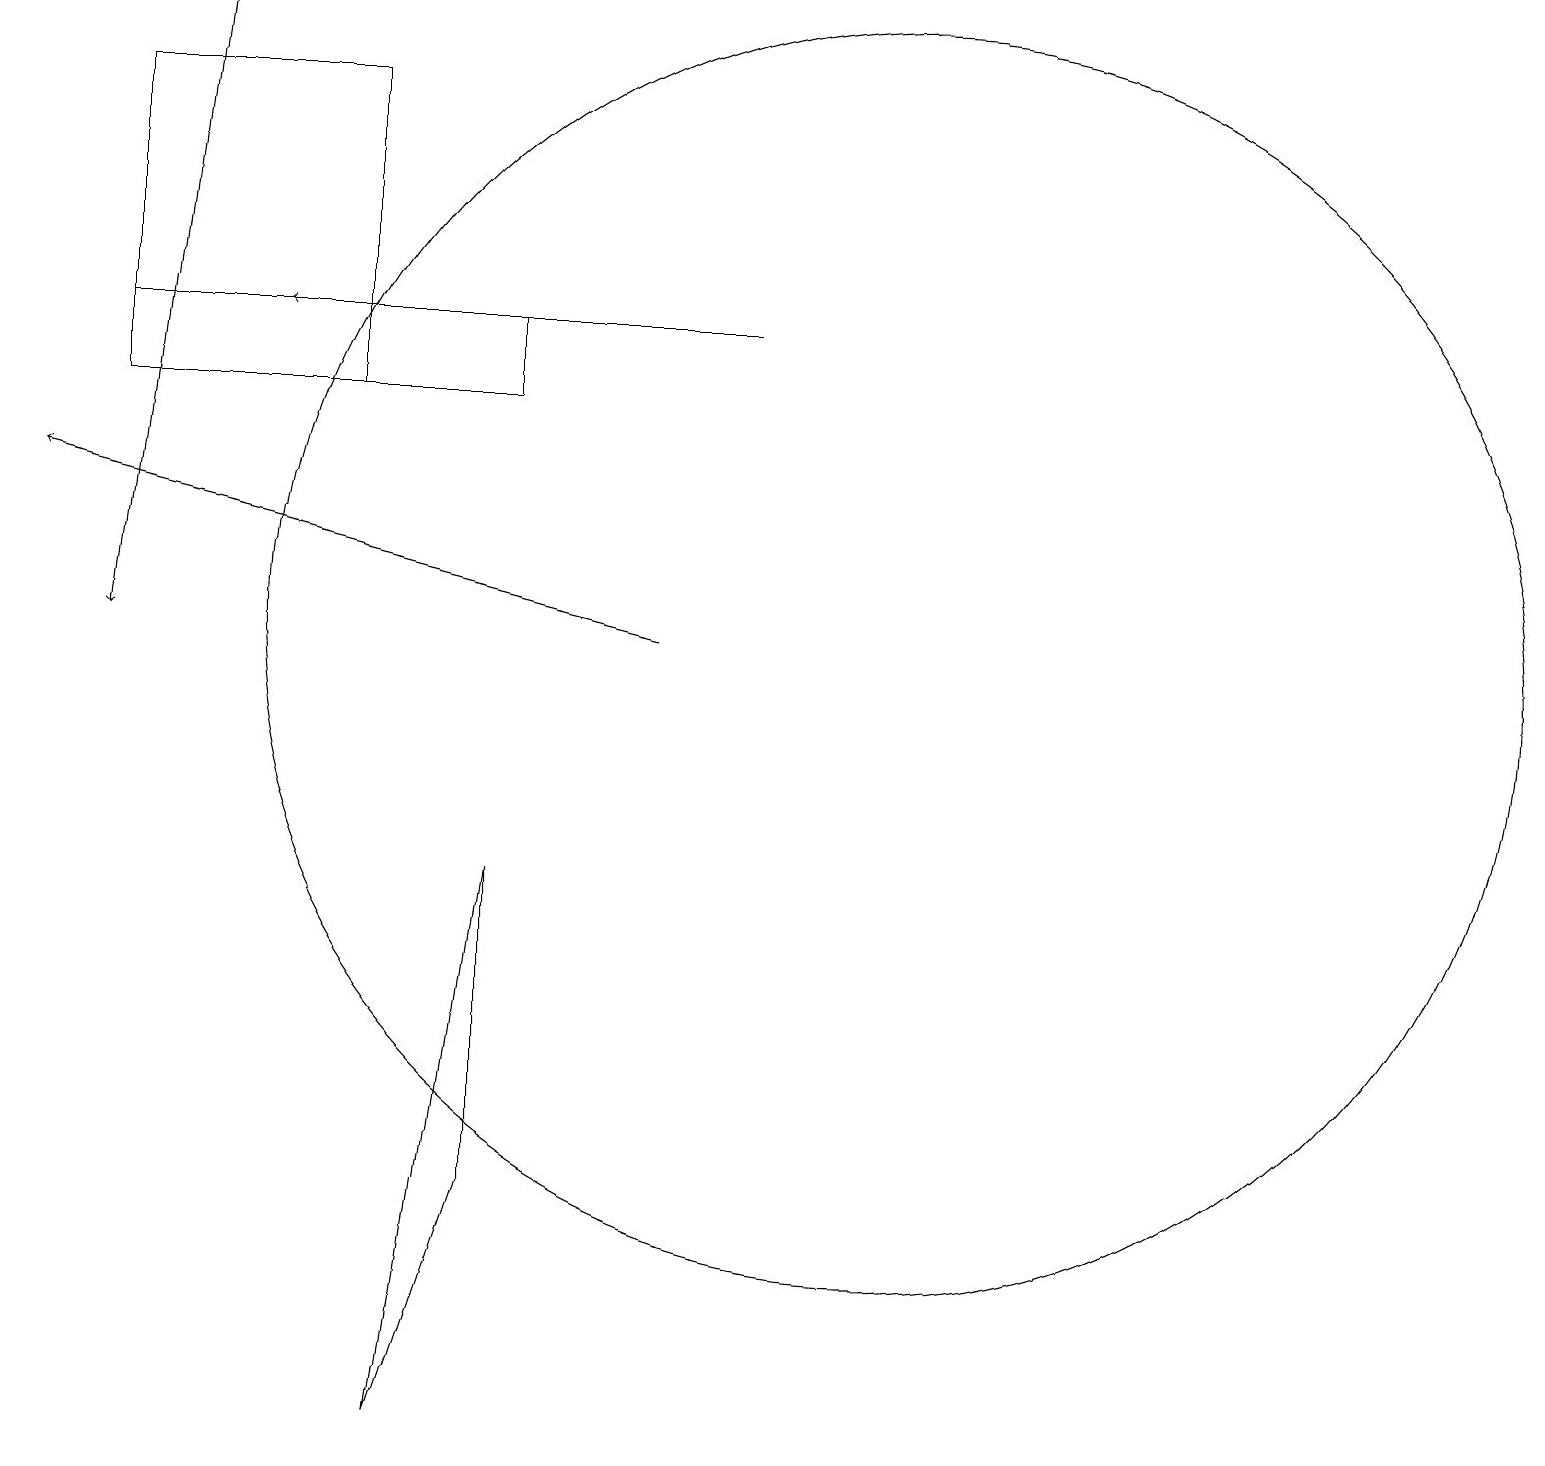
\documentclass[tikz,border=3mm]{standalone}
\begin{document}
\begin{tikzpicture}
\draw (6,4) -- (5,1) -- (6,8) -- cycle;
\draw (11,11) circle (8);
\draw (4,14) rectangle (1,18);
\draw[->] (8,11) -- (0,13);
\draw[->] (2,19) -- (1,11);
\draw[->] (9,15) -- (3,15);
\draw (1,15) rectangle (6,14);
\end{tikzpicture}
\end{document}